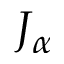
J _ { \alpha }